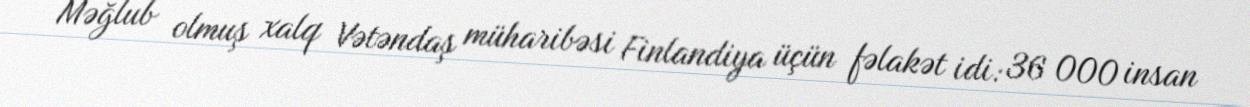
Məğlub olmuş xalq Vətəndaş müharibəsi Finlandiya üçün fəlakət idi: 36 000 insan